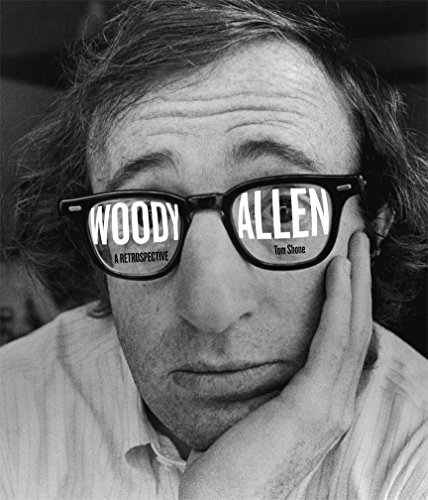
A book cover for Woody Allen: A Retrospective; Tom Shone; Humor & Entertainment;